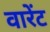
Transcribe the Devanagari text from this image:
वारेंट